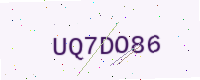
Text: UQ7DO86